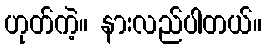
ဟုတ်ကဲ့။ နားလည်ပါတယ်။